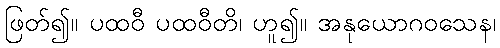
ဖြတ်၍။ ပထဝီ ပထဝီတိ၊ ဟူ၍။ အနုယောဂဝသေန၊